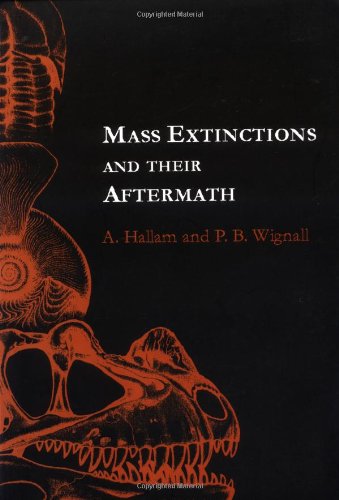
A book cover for Mass Extinctions and Their Aftermath (Cambridge Texts in Hist.of Philosophy); A. Hallam; Science & Math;